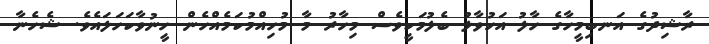
ރާޝިދުގެ އަނބިމީހާގެ ހާލު އަހުވާލު ބެލުމަކީވެސް މިހާރު މާ މުހިއްމުކަމެއްހެން ހީނުވާކަހަލައެވެ. ޝެހެނާ